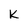
Character: K